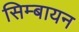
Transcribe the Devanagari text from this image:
सिम्बायन